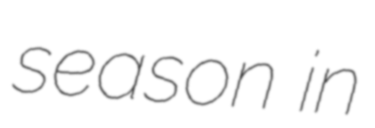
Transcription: season in